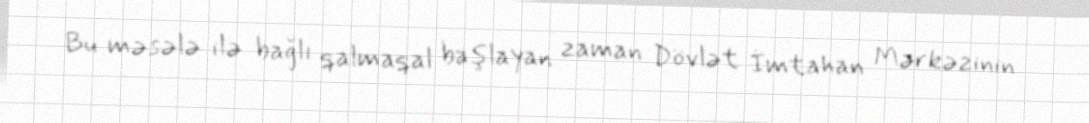
Bu məsələ ilə bağlı qalmaqal başlayan zaman Dövlət İmtahan Mərkəzinin